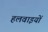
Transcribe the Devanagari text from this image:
हलवाइयों